Indian journal of veterinary science and animal husbandry - Volumes 26-27, 1956-1957
Year: 1956
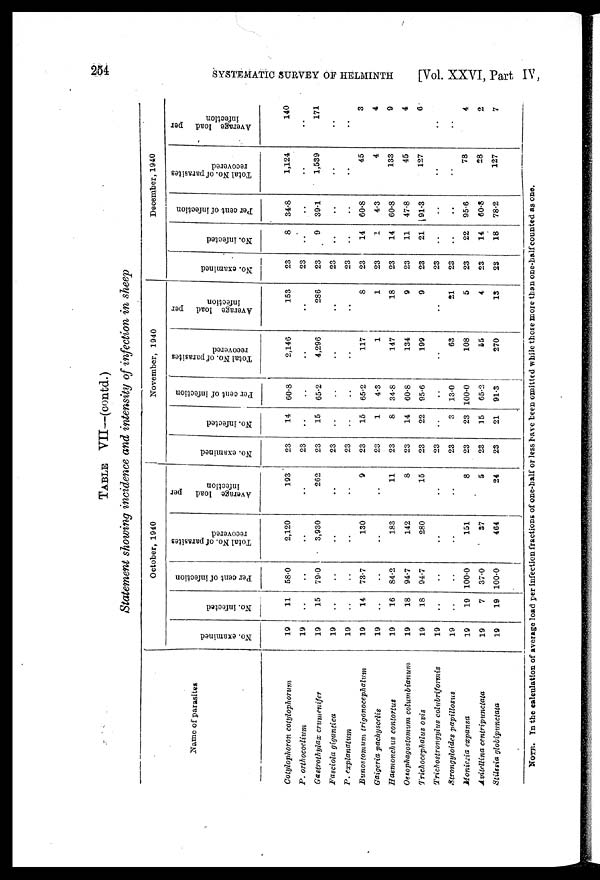
254
SYSTEMATIC SURVEY OF HELMINTH
[Vol. XXVI, Part IV,
TABLE VII—(contd.)
Statement showing incidence and intensity of infection in sheep
Name of parasites
Cotylophoron cotylophorum
P. orthocoelium
Gastrothylax crumenifer
Fasciola gigantica
P. explanatum
Bunostomum
trigonocephalum
Gaigeria pachyscelis
Haemonchus contortus
Oesophagostomum columbianum
Trichocephalus ovis
Trichostrongylus colubriformis
Strongyloides papillosus
Moniezia expansa
Avitellina centripunctata
Stilesia globipunctata
October, 1940
No. examined
19
19
19
19
19
19
19
19
19
19
19
19
19
19
19
No. infected
11
..
15
..
..
14
..
16
18
18
..
..
19
7
19
Per cent of infection
58.0
..
79.0
..
..
73.7
..
84.2
94.7
94.7
..
..
100.0
37.0
100.0
Total No. of parasites
recovered
2,120
..
3,930
..
..
130
..
183
142
280
..
..
151
37
464
Average load
per
infection
193
..
262
..
..
9
..
11
8
15
..
..
8
5
24
November, 1940
No. examined
23
23
23
23
23
23
23
23
23
23
23
23
23
23
23
No. infected
14
..
15
..
..
15
1
8
14
22
..
3
23
15
21
Per cent of infection
60.8
..
65.2
..
..
65.2
4.3
34.8
60.8
95.6
..
13.0
100.0
65.2
91.3
Total No. of parasites
recovered
2,146
..
4,296
..
..
117
1
147
134
199
..
63
108
55
270
Average load
per
infection
153
..
286
..
..
8
1
18
9
9
..
21
5
4
13
December, 1940
No. examined
23
23
23
23
23
23
23
23
23
23
23
23
23
23
23
No. infected
8
..
9
..
..
14
1
14
11
21
..
..
22
14
18
Per cent of infection
34.8
..
39.1
..
..
60.8
4.3
60.8
47.8
91.3
..
..
95.6
60.8
78.2
Total No. of parasites
recovered
1,124
..
1,539
..
..
45
4
133
45
127
..
..
78
28
127
Average load
per
infection
140
..
171
..
..
3
4
9
4
6
..
..
4
2
7
NOTE. In the calculation of average load per infection fractions of one-half or less have been omitted while these more than one-half counted as one.